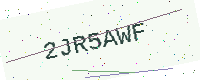
Text: 2JR5AWF